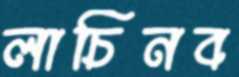
লাচিনব